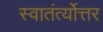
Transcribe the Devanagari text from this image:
स्वातंर्त्योत्तर